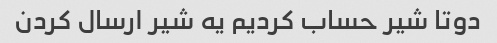
دوتا شیر حساب کردیم یه شیر ارسال کردن